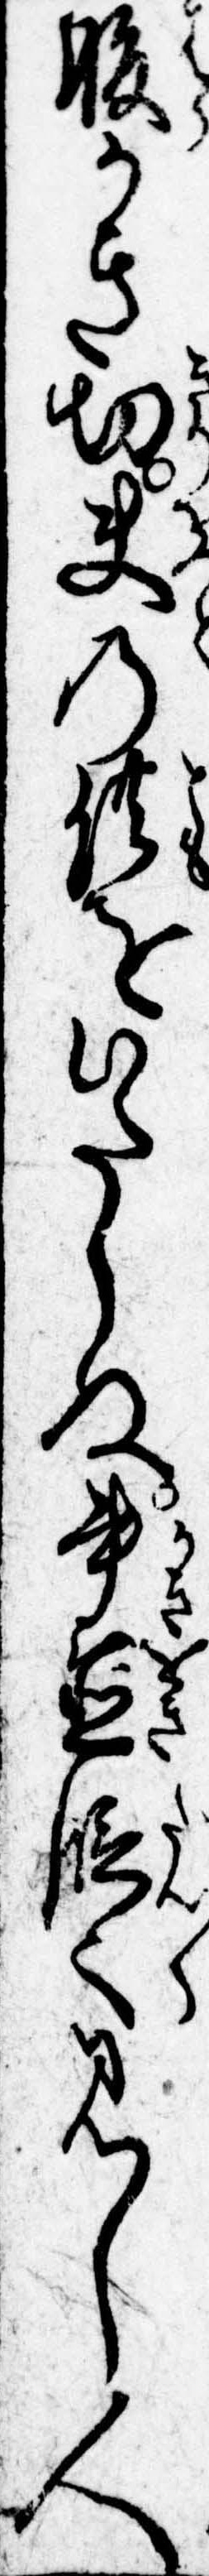
腹かき切夫の供をいたしぬ書置段々見し人